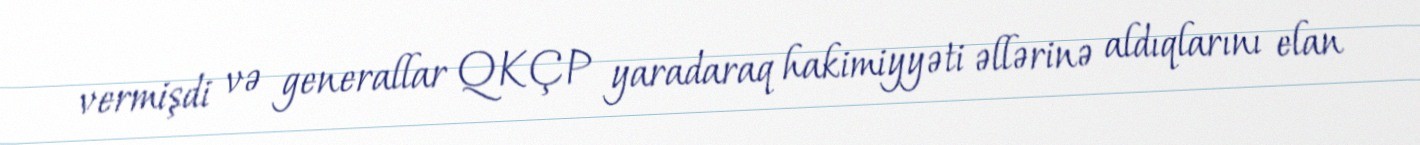
vermişdi və generallar QKÇP yaradaraq hakimiyyəti əllərinə aldıqlarını elan